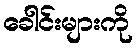
ခေါင်းများကို